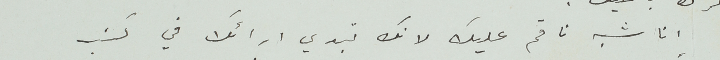
انا شبه ناقم عليك لانك تبدي ارائك في كتب